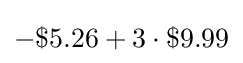
-\$5.26+3\cdot \$9.99